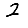
Digit: 2